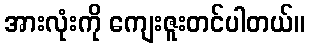
အားလုံးကို ကျေးဇူးတင်ပါတယ်။